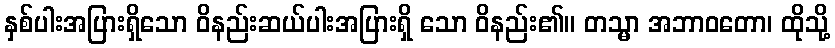
နှစ်ပါးအပြားရှိသော ဝိနည်းဆယ်ပါးအပြားရှိ သော ဝိနည်း၏။ တသ္မာ အဘာဝတော၊ ထိုသို့